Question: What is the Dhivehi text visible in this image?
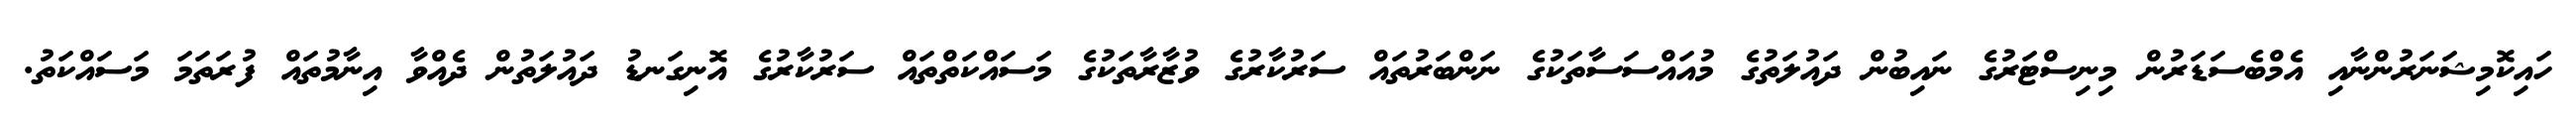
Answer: ހައިކޮމިޝަނަރުންނާއި އެމްބެސަޑަރުން މިނިސްޓަރުގެ ނައިބުން ދައުލަތުގެ މުއައްސަސާތަކުގެ ނަންބަރުތައް ސަރުކާރުގެ ވުޒާރާތަކުގެ މަސައްކަތްތައް ސަރުކާރުގެ އޮނިގަނޑު ދައުލަތުން ދެއްވާ އިނާމުތައް ފުރަތަމަ މަސައްކަތު.